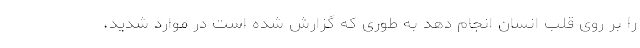
را بر روی قلب انسان انجام دهد به طوری که گزارش شده است در موارد شدید،